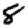
Digit: 8